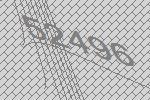
52496